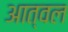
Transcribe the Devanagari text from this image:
आत्वल